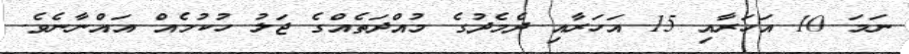
ނަމަ 10 އަހަރާއި 15 އަހަރާއި ދެމެދުގެ މުއްދަތެއްގެ ޖަލު ހުކުމެއް އައްނާނެވެ.